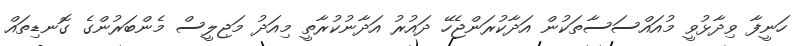
ހަނީފާ ވިދާޅުވީ މުއައްސަސާތަކުން އަދާކުރަންޖެހޭ ދައުރު އަދާނުކުރާތީ މިއަދު މަޖިލީސް މެންބަރުންގެ ގޮނޑިތައް